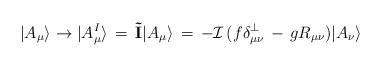
LaTeX: \begin{align*}|A_\mu\rangle \to |A^I_\mu\rangle \,=\, {\mathbf{\tilde I}} |A_\mu\rangle\,=\,- {\mathcal I}\,(f \delta^\perp_{\mu\nu}\,-\,g R_{\mu\nu})|A_\nu\rangle\end{align*}